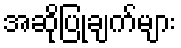
အဆိုပြုချက်များ